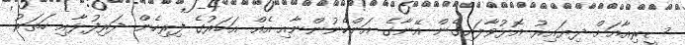
ސީރިއާއަށް ދިޔައިރު އޮޅުވާލައިގެން އޭނާގެ އަންހެނުންނާއި އެއް އަހަރުގެ ފިރިހެން ދަރިފުޅާއި ހަތަރު